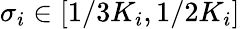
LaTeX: \sigma_{i}\in[1/3K_{i},1/2K_{i}]